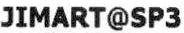
JIMART@SP3